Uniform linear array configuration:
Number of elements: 64
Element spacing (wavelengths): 1
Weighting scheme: hann
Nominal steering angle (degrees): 0
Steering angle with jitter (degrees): -0.1649
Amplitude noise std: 0.05
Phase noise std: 0.05

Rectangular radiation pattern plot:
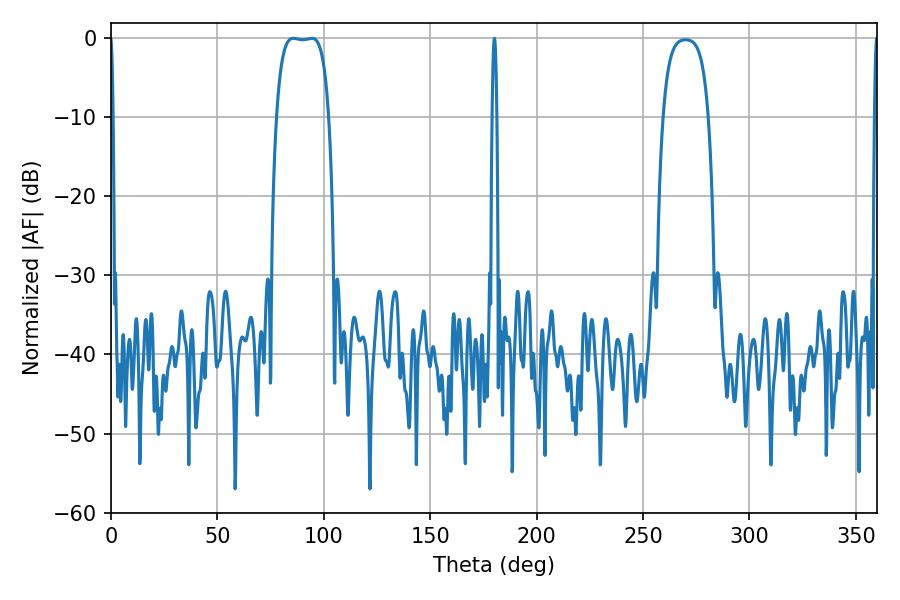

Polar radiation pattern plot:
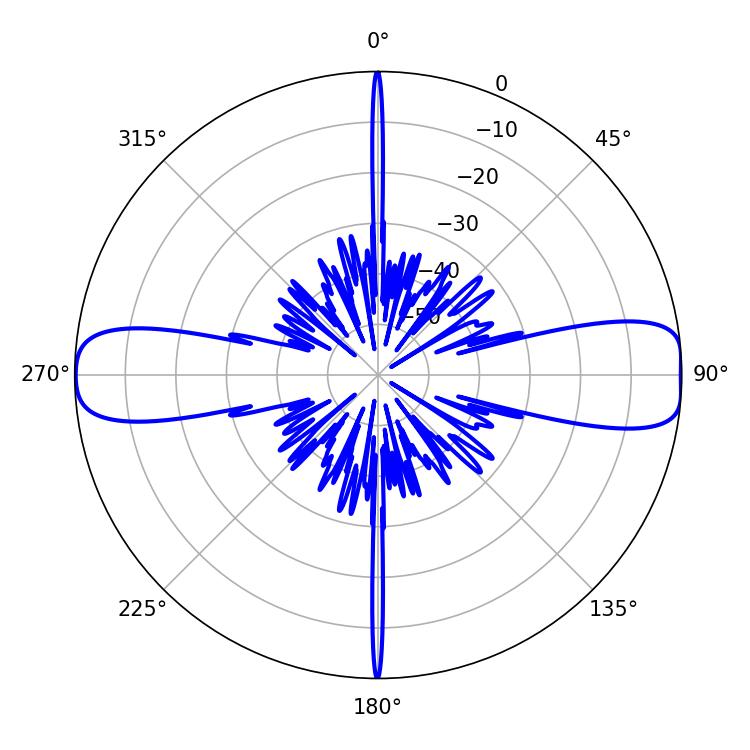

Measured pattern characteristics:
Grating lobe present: TRUE
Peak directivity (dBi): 13.845
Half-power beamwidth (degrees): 19.08
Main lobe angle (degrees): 85.68